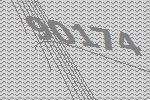
90174